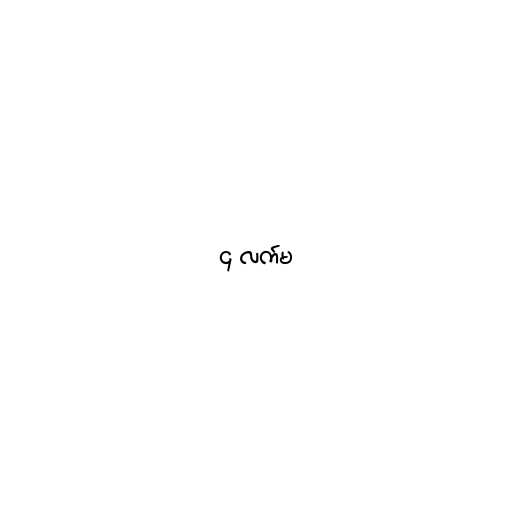
၄ လက်မ